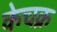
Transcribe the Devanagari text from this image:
केचक्र